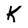
Character: K